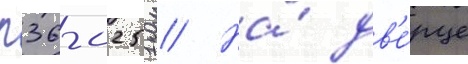
п36-0251 // На́ дв'е́рце